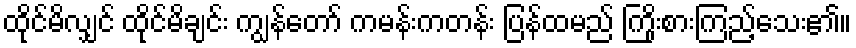
ထိုင်မိလျှင် ထိုင်မိချင်း ကျွန်တော် ကမန်းကတန်း ပြန်ထမည် ကြိုးစားကြည့်သေး၏။